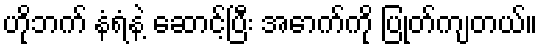
ဟိုဘက် နံရံနဲ့ ဆောင့်ပြီး အောက်ကို ပြုတ်ကျတယ်။